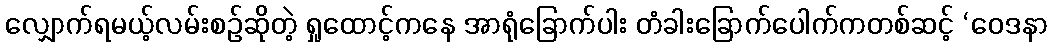
လျှောက်ရမယ့်လမ်းစဉ်ဆိုတဲ့ ရှုထောင့်ကနေ အာရုံခြောက်ပါး တံခါးခြောက်ပေါက်ကတစ်ဆင့် ‘ဝေဒနာ